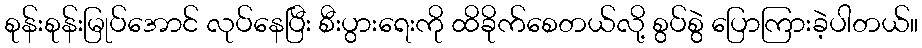
စုန်းစုန်းမြုပ်အောင် လုပ်နေပြီး စီးပွားရေးကို ထိခိုက်စေတယ်လို့ စွပ်စွဲ ပြောကြားခဲ့ပါတယ်။